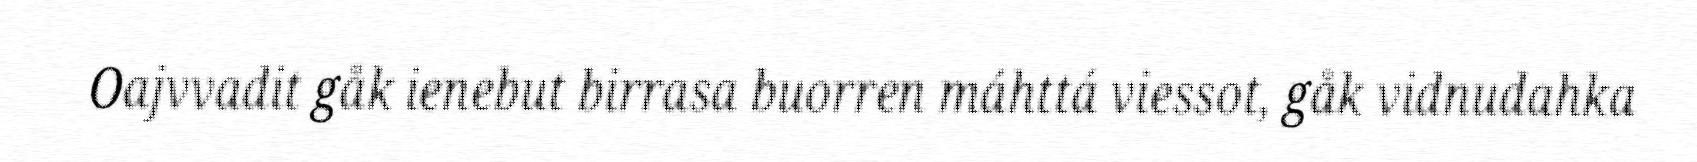
Oajvvadit gåk ienebut birrasa buorren máhttá viessot, gåk vidnudahka